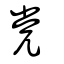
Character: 党